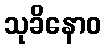
သုခိနောဝ